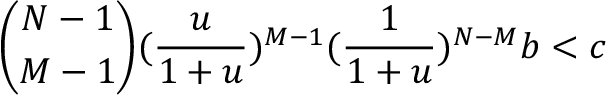
\binom { N - 1 } { M - 1 } ( \frac { u } { 1 + u } ) ^ { M - 1 } ( \frac { 1 } { 1 + u } ) ^ { N - M } b < c